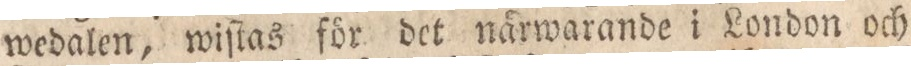
wedalen, wiſtas för det närwarande i London och